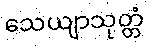
သေယျာသုတ္တံ